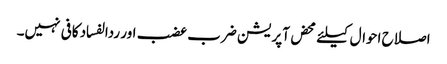
اصلاح احوال کیلئے محض آپریشن ضرب عضب اور ردالفساد کافی نہیں۔